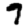
Digit: 7